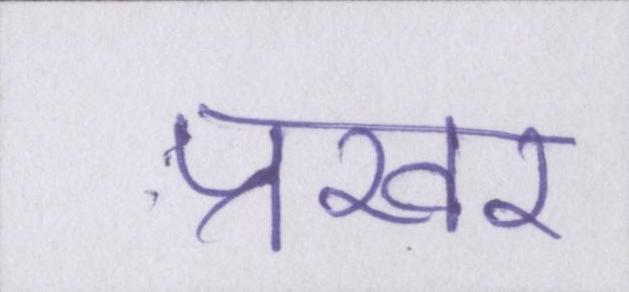
प्रखर